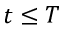
t \leq T